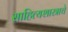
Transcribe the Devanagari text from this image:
साहित्यशास्त्राचे